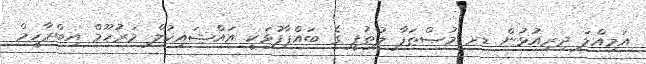
އަމިއްލަ ދިރިއުޅުން ޑރ މުޞްޠަފާ ލުޠުފީ ގެ ބައްޕާފުޅަކީ އައްޝައިޚުލް މަރުހޫމް އިބްރާހީމް